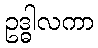
ဥဒ္ဓါလကာ